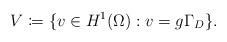
LaTeX: \begin{align*}V \coloneqq \{v \in H^1(\Omega) : v = g \Gamma_D\}.\end{align*}